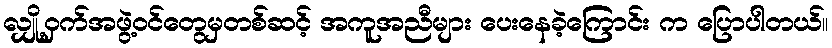
လျှို့ဝှက်အဖွဲ့ဝင်တွေမှတစ်ဆင့် အကူအညီများ ပေးနေခဲ့ကြောင်း က ပြောပါတယ်။